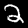
Digit: 2